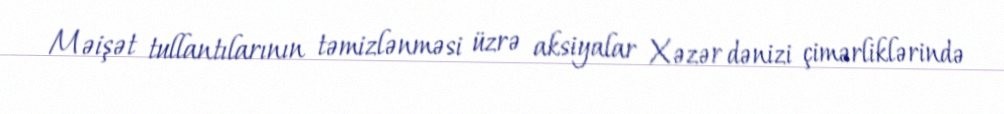
Məişət tullantılarının təmizlənməsi üzrə aksiyalar Xəzər dənizi çimərliklərində